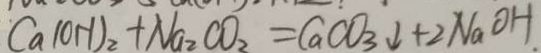
C a ( O H ) _ { 2 } + N a _ { 2 } C O _ { 2 } = C a C O _ { 3 } \downarrow + 2 N _ { 2 } O H .